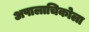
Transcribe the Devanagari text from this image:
अपालाचिकोला